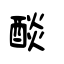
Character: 醈